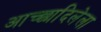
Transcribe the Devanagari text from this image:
आच्छादिलेला